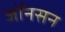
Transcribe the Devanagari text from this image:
जोँनसन